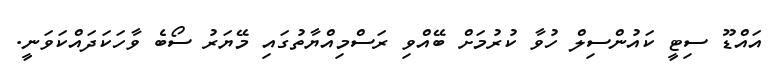
އައްޑޫ ސިޓީ ކައުންސިލް ހުވާ ކުރުމަށް ބޭއްވި ރަސްމިއްޔާތުގައި މޭޔަރު ސޯބެ ވާހަކަދައްކަވަނީ.